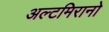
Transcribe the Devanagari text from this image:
अल्टमिरानो